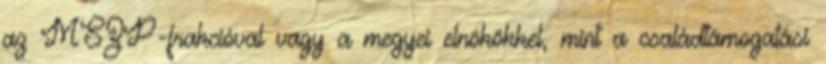
az MSZP-frakcióval vagy a megyei elnökökkel, mint a családtámogatási